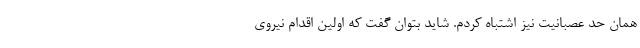
همان حد عصبانیت نیز اشتباه کردم. شاید بتوان گفت که اولین اقدام نیروی